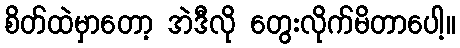
စိတ်ထဲမှာတော့ အဲဒီလို တွေးလိုက်မိတာပေါ့။